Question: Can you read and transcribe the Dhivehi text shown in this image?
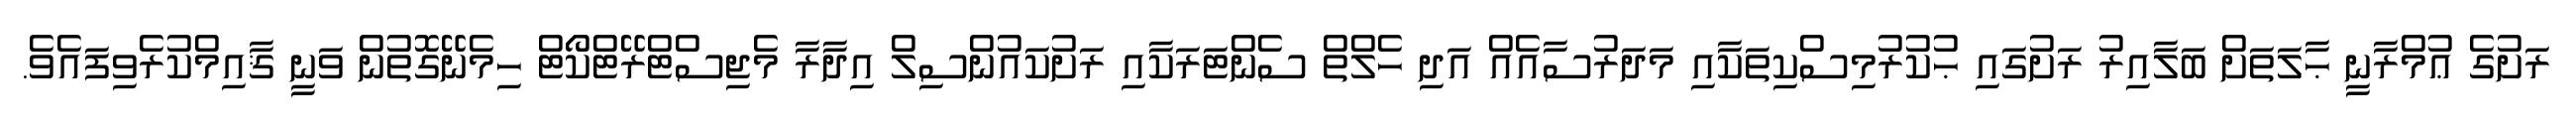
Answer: ރަށުގެ ޢުމްރާނީ ޙާލަތަށް ބަލާއިރު ރަށުގައި ޙުކުރުމިސްކިތަކާއި މަދަރުސާއެއް އަދި ހެލްތް ސެންޓަރަކާއި ރަށުކައުންސިލް އިދާރާ މެޖިސްޓްރޭޓްކޯޓް ހިމެނޭގޮތުން ވަނީ ޤާއިމްކުރެވިފައެވެ.